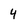
Character: 4